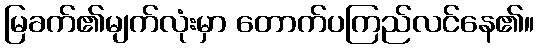
မြခက်၏မျက်လုံးမှာ တောက်ပကြည်လင်နေ၏။